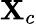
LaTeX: \mathbf{X}_{c}